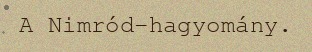
A Nimród-hagyomány.